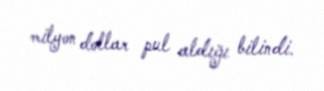
milyon dollar pul aldığı bilindi.